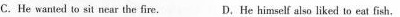
C. He wanted to sit near the fire. D.He himself slso liked to eat fish.